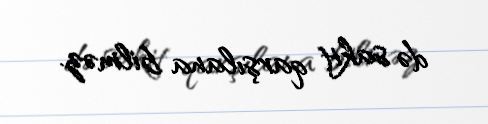
də sakit qarşılana bilməz.